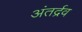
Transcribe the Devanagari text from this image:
अंतर्द्रव